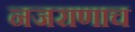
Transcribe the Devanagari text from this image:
नजराणाच